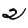
Digit: 2